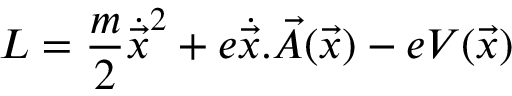
{ \cal { L } } = \frac { m } { 2 } { \dot { \vec { x } } } ^ { 2 } + e \dot { \vec { x } } . \vec { A } ( \vec { x } ) - e V ( \vec { x } )